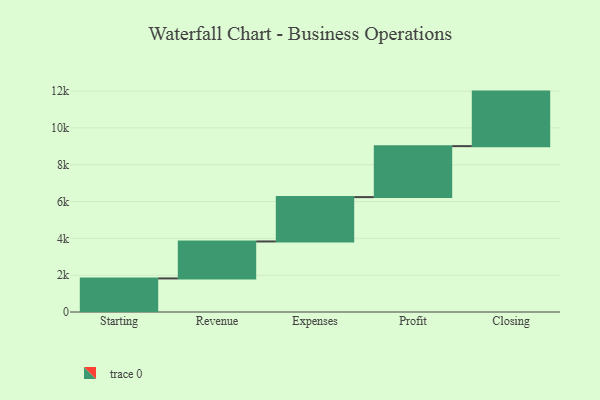
{"axis": {"x": "Step", "y": "Value"}, "legend": [""], "data": [{"x": "Starting", "y": 1824.0, "type": ""}, {"x": "Revenue", "y": 2008.0, "type": ""}, {"x": "Expenses", "y": 2409.0, "type": ""}, {"x": "Profit", "y": 2769.0, "type": ""}, {"x": "Closing", "y": 2963.0, "type": ""}]}